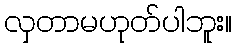
လှတာမဟုတ်ပါဘူး။